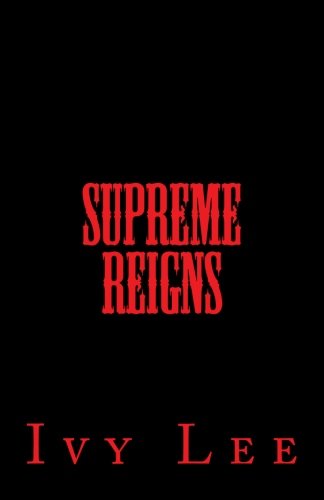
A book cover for Supreme Reigns; Ivy Lee; Literature & Fiction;